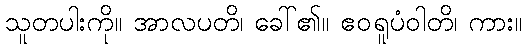
သူတပါးကို။ အာလပတိ၊ ခေါ်၏။ ဧဝရူပံဝါတိ၊ ကား။